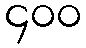
၄၀၀